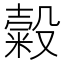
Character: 糓